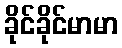
ခိုင်ခိုင်မာမာ